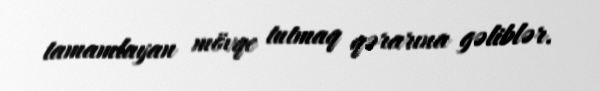
tamamlayan mövqe tutmaq qərarına gəliblər.